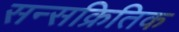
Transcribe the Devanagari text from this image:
सन्सक्रितिक